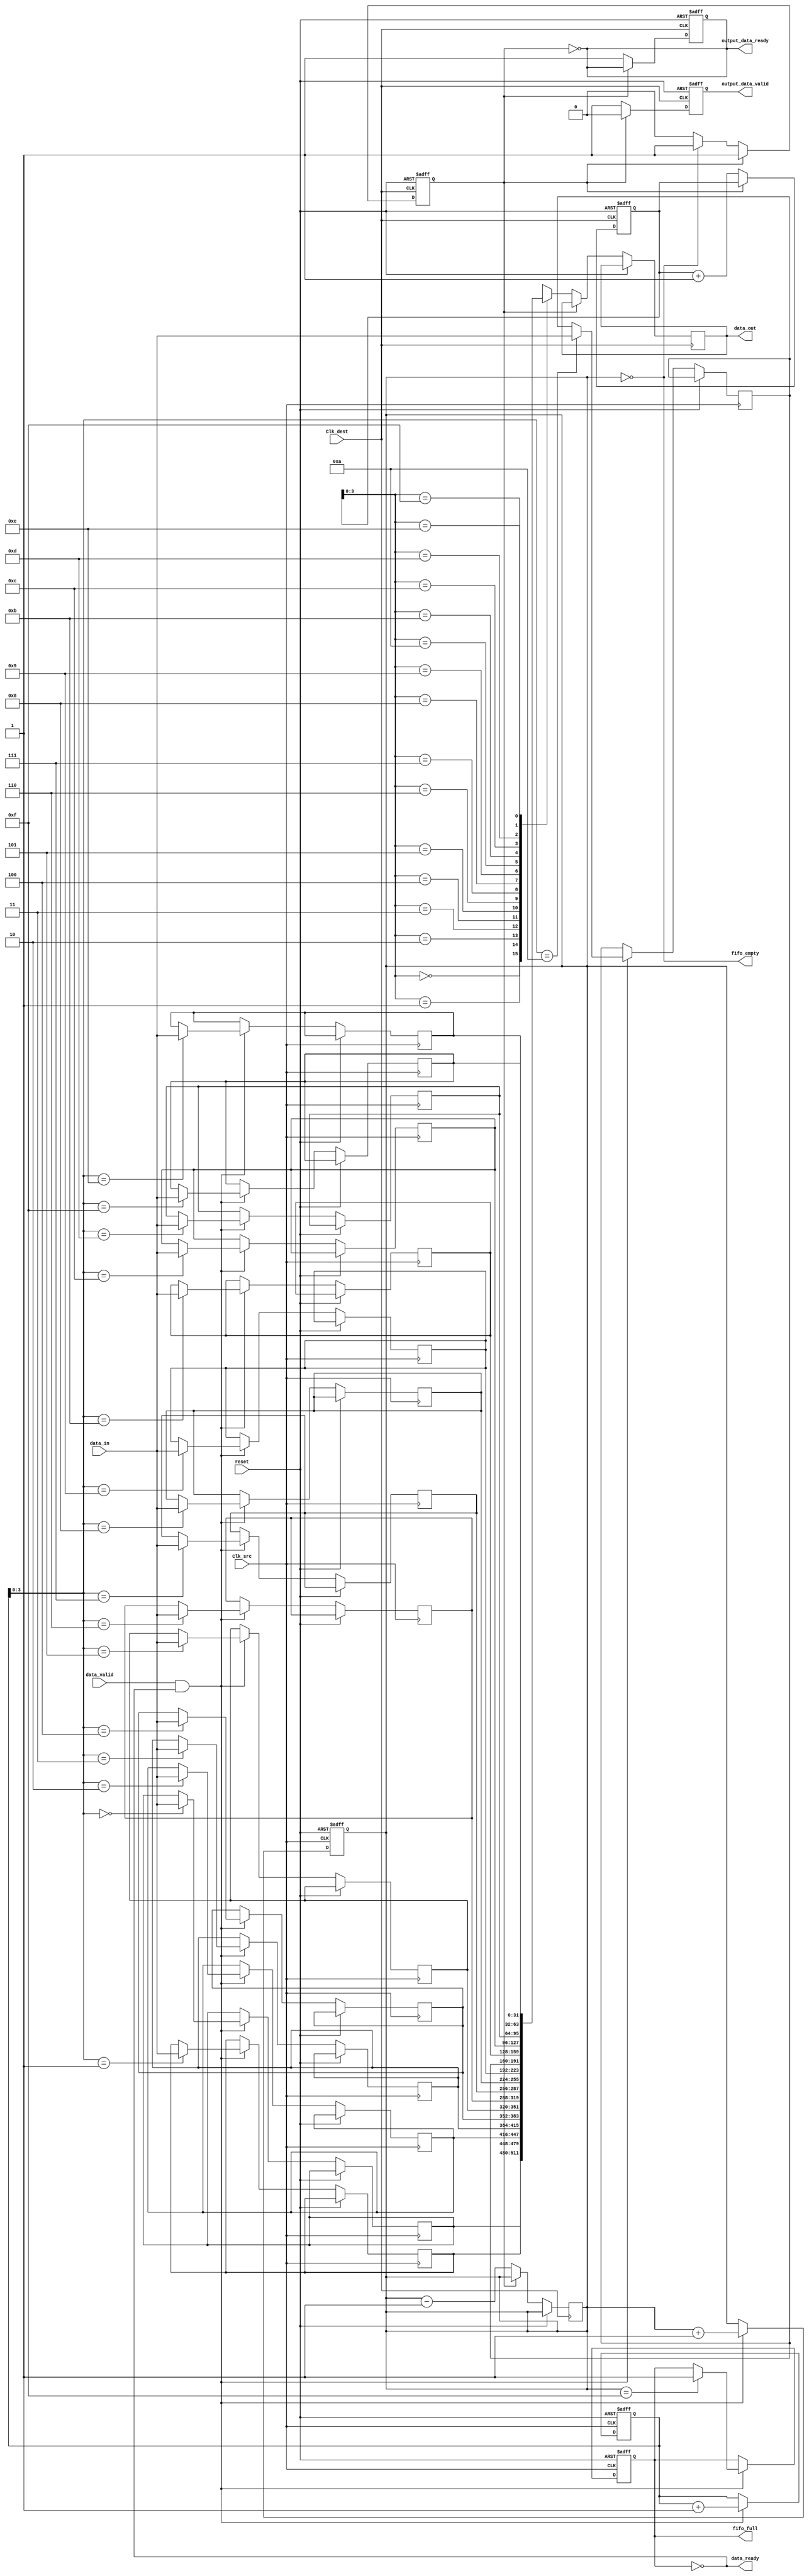
module burst_mode_synchronizer #(
    parameter DATA_WIDTH = 32,
    parameter FIFO_DEPTH = 16
)(
    input wire Clk_src,
    input wire Clk_dest,
    input wire [DATA_WIDTH-1:0] data_in,
    input wire data_valid,
    output wire data_ready,
    output wire [DATA_WIDTH-1:0] data_out,
    output wire output_data_valid,
    output wire output_data_ready,
    output wire fifo_full,
    output wire fifo_empty,
    input wire reset
);

    // FIFO buffer signals
    reg [DATA_WIDTH-1:0] fifo_mem [0:FIFO_DEPTH-1];
    reg [4:0] write_ptr, read_ptr;
    reg fifo_full_reg, fifo_empty_reg;
    reg [4:0] count;

    // Control signals for burst transfer
    reg burst_active;
    reg burst_complete;

    // Synchronization logic for control signals
    reg burst_active_sync_1, burst_active_sync_2;

    // Write logic (Clk_src domain)
    always @(posedge Clk_src or posedge reset) begin
        if (reset) begin
            write_ptr <= 0;
            count <= 0;
            fifo_full_reg <= 0;
            burst_active <= 0;
            burst_complete <= 0;
        end else begin
            if (data_valid && !fifo_full_reg) begin
                fifo_mem[write_ptr] <= data_in;
                write_ptr <= write_ptr + 1;
                count <= count + 1;
                if (count == FIFO_DEPTH - 1) begin
                    fifo_full_reg <= 1;
                end
            end
            if (burst_complete) begin
                burst_active <= 0;
                burst_complete <= 0;
            end
        end
    end

    // Read logic (Clk_dest domain)
    always @(posedge Clk_dest or posedge reset) begin
        if (reset) begin
            read_ptr <= 0;
            fifo_empty_reg <= 1;
            output_data_valid <= 0;
            output_data_ready <= 0;
        end else begin
            if (!fifo_empty_reg) begin
                data_out <= fifo_mem[read_ptr];
                output_data_valid <= 1;
                read_ptr <= read_ptr + 1;
                count <= count - 1;
                if (count == 0) begin
                    fifo_empty_reg <= 1;
                end
            end else begin
                output_data_valid <= 0;
            end
            if (output_data_ready) begin
                if (!fifo_empty_reg) begin
                    output_data_ready <= 1;
                end else begin
                    output_data_ready <= 0;
                end
            end
        end
    end

    // Metastability handling for burst_active signal
    always @(posedge Clk_dest or posedge reset) begin
        if (reset) begin
            burst_active_sync_1 <= 0;
            burst_active_sync_2 <= 0;
        end else begin
            burst_active_sync_1 <= burst_active;
            burst_active_sync_2 <= burst_active_sync_1;
        end
    end

    // Control logic for FIFO status
    assign fifo_full = fifo_full_reg;
    assign fifo_empty = (count == 0);
    assign data_ready = !fifo_full_reg;
    assign output_data_ready = !fifo_empty_reg;

    // Burst transfer control
    always @(posedge Clk_src) begin
        if (data_valid && !fifo_full_reg) begin
            burst_active <= 1;
        end
        if (burst_active && !data_valid) begin
            burst_complete <= 1;
        end
    end

endmodule